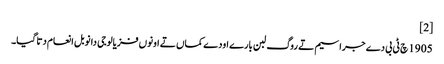
[2]
1905 چ ٹی بی دے جراسیم تے روگ لبن بارے اودے کماں تے اونوں فزیالوجی دا نوبل انعام دتا گیا۔